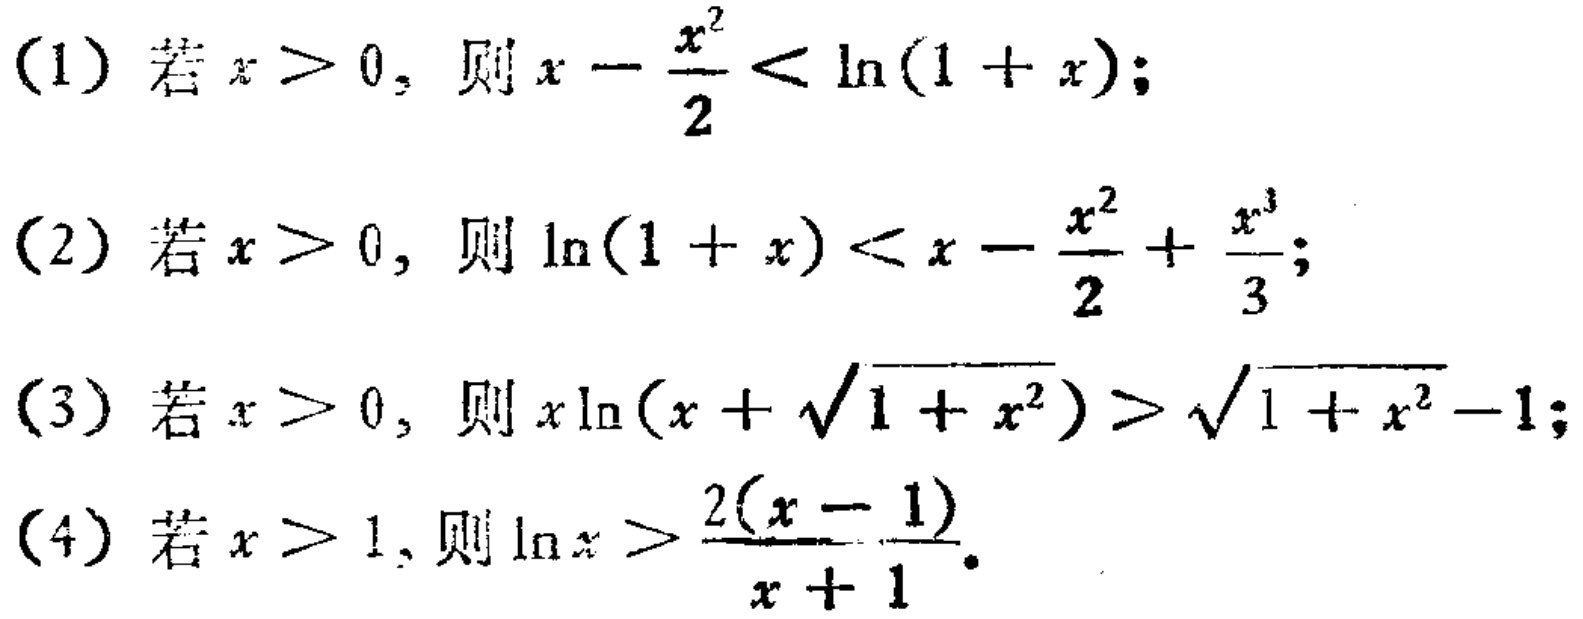
(1) 若 \(x > 0\)，则 \(x-\frac{x^{2}}{2}<\ln(1 + x)\);
(2) 若 \(x > 0\)，则 \(\ln(1 + x)<x-\frac{x^{2}}{2}+\frac{x^{3}}{3}\);
(3) 若 \(x > 0\)，则 \(x\ln(x+\sqrt{1 + x^{2}})>\sqrt{1 + x^{2}}-1\);
(4) 若 \(x > 1\)，则 \(\ln x>\frac{2(x - 1)}{x + 1}\)。